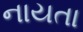
નાયતા